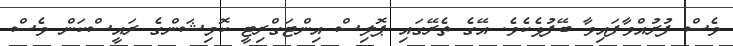
ވެސް ފުރުއްވާފައިވާ ބޭފުޅެކެވެ. އޭގެ ތެރޭގައި ޕޮލިސް އިންޓަގްރިޓީ ކޮމިޝަންގެ ރައީސްކަން ވެސް